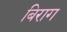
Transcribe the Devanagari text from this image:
बिराग